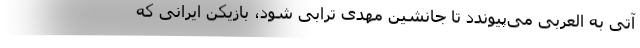
آتی به العربی می‌پیوندد تا جانشین مهدی ترابی شود، بازیکن ایرانی که